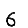
Digit: 6